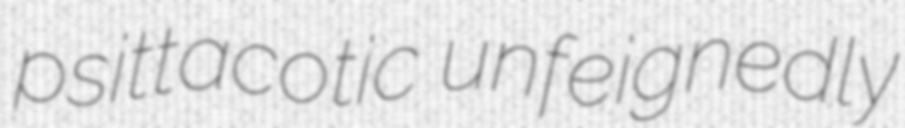
psittacotic unfeignedly